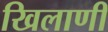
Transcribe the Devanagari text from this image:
खिलाणी